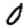
Digit: 0